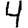
Digit: 4